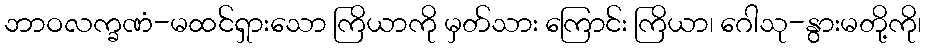
ဘာဝလက္ခဏံ-မထင်ရှားသော ကြိယာကို မှတ်သား ကြောင်း ကြိယာ၊ ဂေါသု-နွားမတို့ကို၊